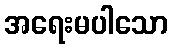
အရေးမပါသော